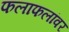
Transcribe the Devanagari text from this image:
फलाफलांवर